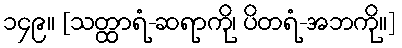
၁၄၉။ [သတ္ထာရံ-ဆရာကို၊ ပိတရံ-အဘကို။]